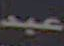
عبد